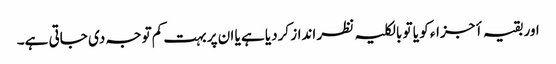
اور بقیہ أجزاء کو یا تو بالکلیہ نظر انداز کردیا ہے یا ان پر بہت کم توجہ دی جاتی ہے۔